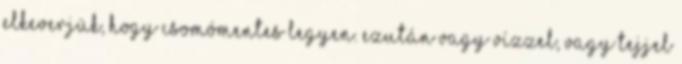
elkeverjük, hogy csomómentes legyen. Ezután vagy vízzel, vagy tejjel